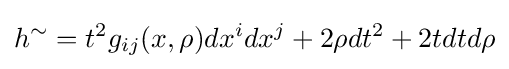
h^{\sim }=t^{2}g_{ij}(x,\rho )dx^{i}dx^{j}+2\rho dt^{2}+2tdtd\rho